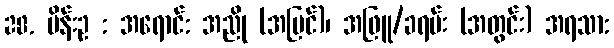
28. ပိန်းဥ : အရောင်: အညို (အပြင်)၊ အဖြူ/ခရမ်း (အတွင်း) အရသာ: